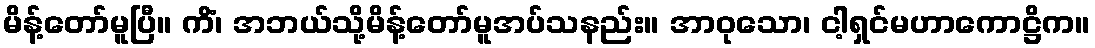
မိန့်တော်မူပြီ။ ကိံ၊ အဘယ်သို့မိန့်တော်မူအပ်သနည်း။ အာဝုသော၊ ငါ့ရှင်မဟာကောဋ္ဌိက။